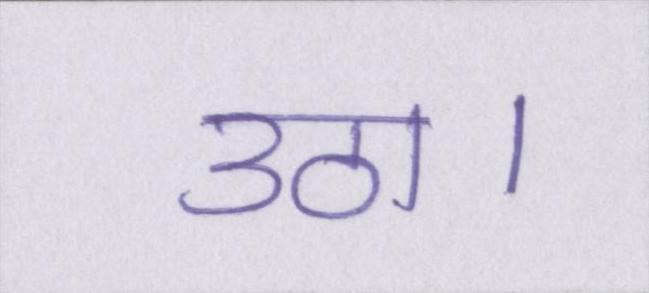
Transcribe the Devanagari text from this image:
उठा।